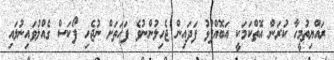
ރައްޔިތުމީހާ ކުރަން އޮތްކަމަކީ އަބޮއްފުޅު ފަދައިން ޖެހިލުންނުވެ ފަހަތަށް ނުޖެހި ފޯކަސް ގެއްލުވައިނުލައި